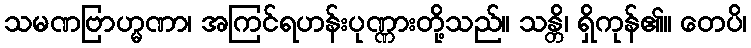
သမဏဗြာဟ္မဏာ၊ အကြင်ရဟန်းပုဏ္ဏားတို့သည်။ သန္တိ၊ ရှိကုန်၏။ တေပိ၊